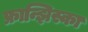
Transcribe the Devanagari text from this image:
फ्रान्झिस्का